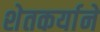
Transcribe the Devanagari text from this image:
शेतकर्याने